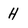
Character: H